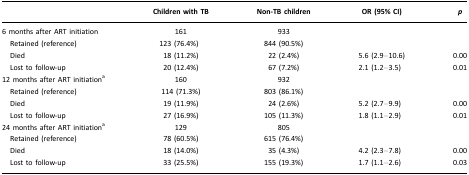
|  | Children with TB | Non-TB children | OR (95% CI) | p |
 | --- | --- | --- | --- | --- |
 | 6 months after ART initiation | 161 | 933 |  |  |
 | Retained (reference) | 123 (76.4%) | 844 (90.5%) |  |  |
 | Died | 18 (11.2%) | 22 (2.4%) | 5.6 (2.9–10.6) | 0.00 |
 | Lost to follow-up | 20 (12.4%) | 67 (7.2%) | 2.1 (1.2–3.5) | 0.01 |
 | 12 months after ART initiationa | 160 | 932 |  |  |
 | Retained (reference) | 114 (71.3%) | 803 (86.1%) |  |  |
 | Died | 19 (11.9%) | 24 (2.6%) | 5.2 (2.7–9.9) | 0.00 |
 | Lost to follow-up | 27 (16.9%) | 105 (11.3%) | 1.8 (1.1–2.9) | 0.01 |
 | 24 months after ART initiationa | 129 | 805 |  |  |
 | Retained (reference) | 78 (60.5%) | 615 (76.4%) |  |  |
 | Died | 18 (14.0%) | 35 (4.3%) | 4.2 (2.3–7.8) | 0.00 |
 | Lost to follow-up | 33 (25.5%) | 155 (19.3%) | 1.7 (1.1–2.6) | 0.03 |